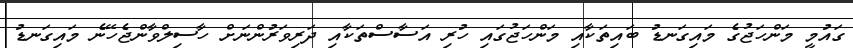
ގައުމީ މަންހަޖުގެ މައިގަނޑު ބައިތަކާއި މަންހަޖުގައި ހުރި އަސާސްތަކާއި ދަރިވަރުންނަށް ހާސިލްވާންޖެހޭނެ މައިގަނޑު